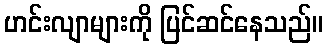
ဟင်းလျာများကို ပြင်ဆင်နေသည်။